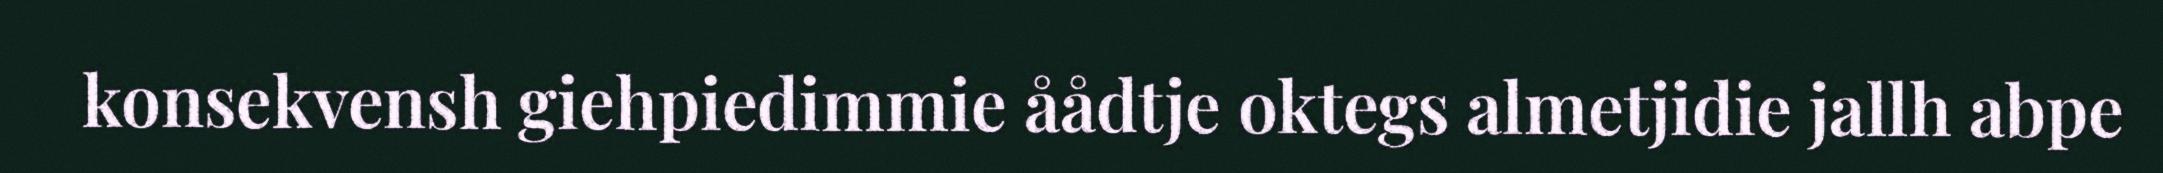
konsekvensh giehpiedimmie åådtje oktegs almetjidie jallh abpe